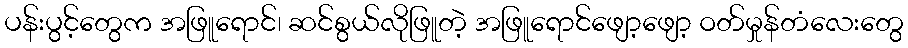
ပန်းပွင့်တွေက အဖြူရောင်၊ ဆင်စွယ်လိုဖြူတဲ့ အဖြူရောင်ဖျော့ဖျော့ ဝတ်မှုန်တံလေးတွေ